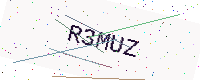
Text: R3MUZ